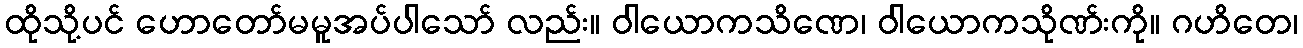
ထိုသို့ပင် ဟောတော်မမူအပ်ပါသော် လည်း။ ဝါယောကသိဏေ၊ ဝါယောကသိုဏ်းကို။ ဂဟိတေ၊